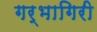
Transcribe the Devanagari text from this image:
गर्भागिरी